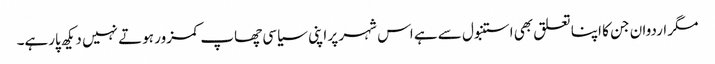
مگر اردوان جن کا اپنا تعلق بھی استنبول سے ہے اس شہر پر اپنی سیاسی چھاپ کمزور ہوتے نہیں دیکھ پارہے۔